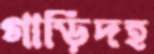
গাড়িদহ